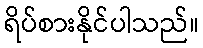
ရိပ်စားနိုင်ပါသည်။